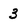
Character: 3